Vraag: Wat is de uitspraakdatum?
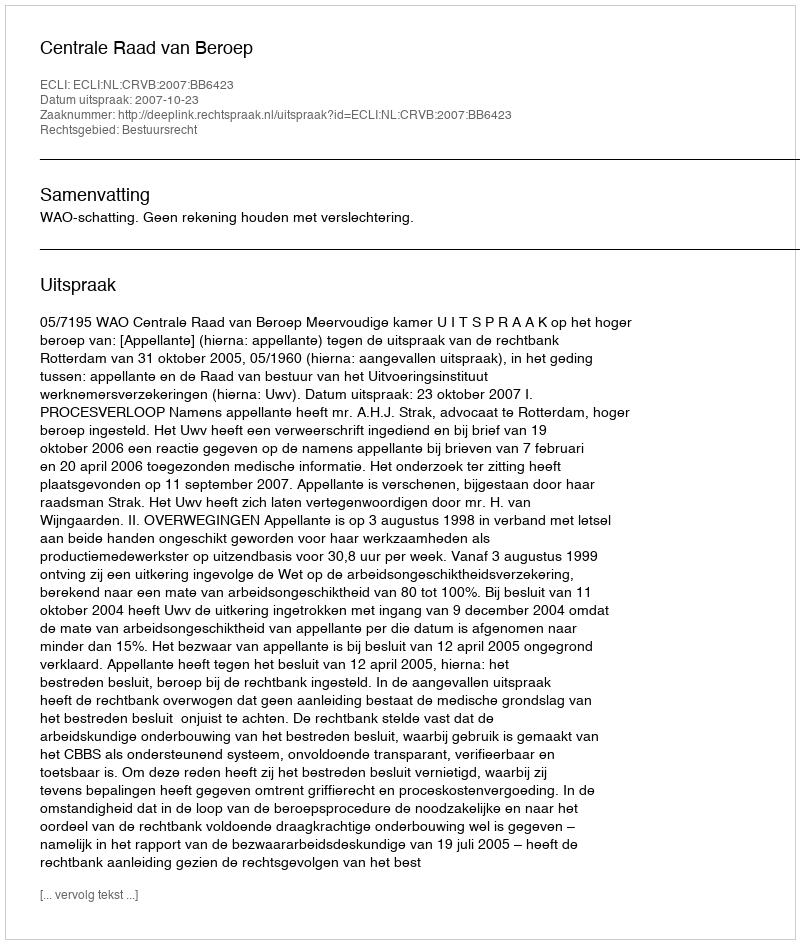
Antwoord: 2007-10-23